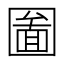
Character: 圗